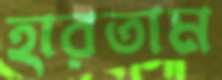
হারতাম